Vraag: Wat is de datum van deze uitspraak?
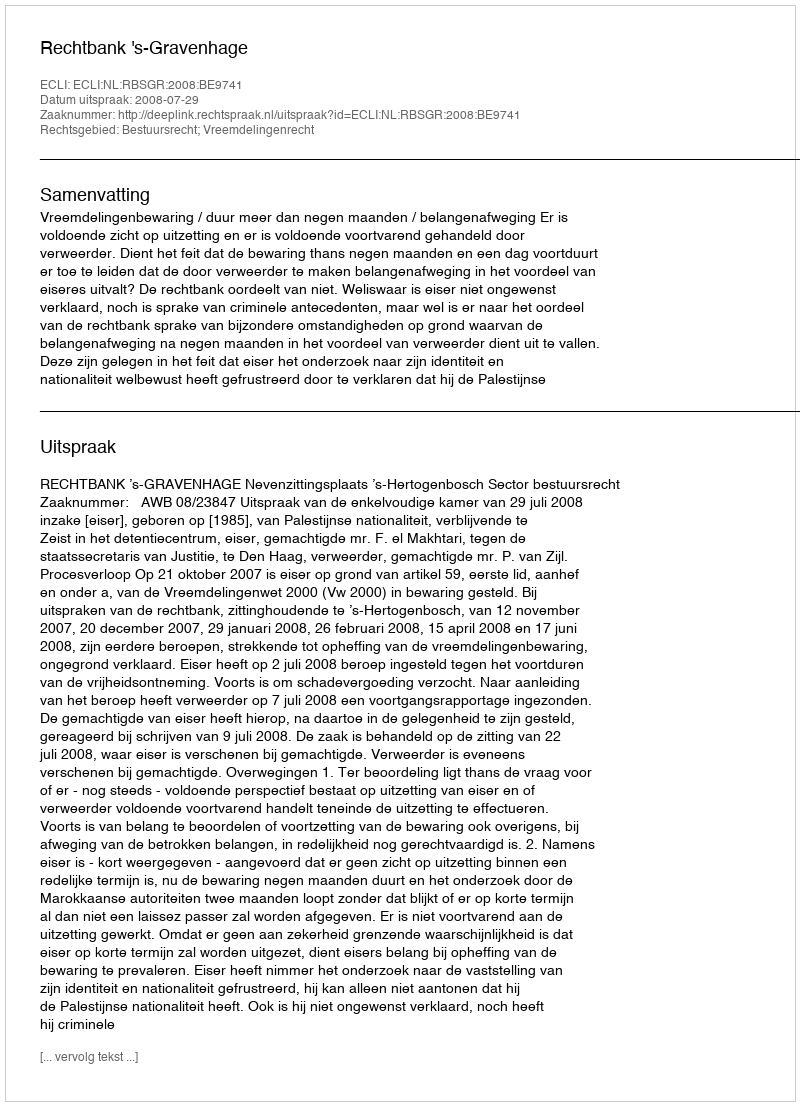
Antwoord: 2008-07-29